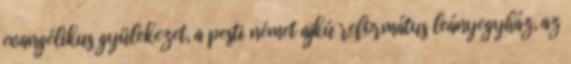
evangélikus gyülekezet, a pesti német ajkú református leányegyház, az